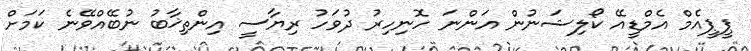
ޕީޕީއެމް އެމްޑީއޭ ކޯލިޝަނުން އަންނަ ހޮނިހިރު ދުވަހު ރިޔާސީ އިންތިޚާބު ނުބޭއްވޭނެ ކަމަށް